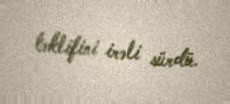
təklifini irəli sürdü.